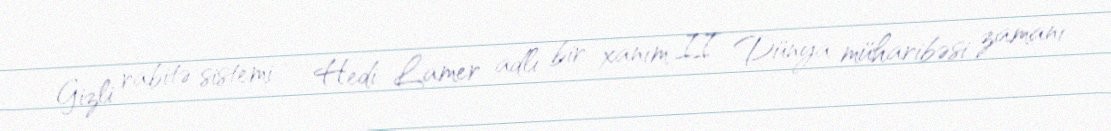
Gizli rabitə sistemi – Hedi Lamer adlı bir xanım II Dünya müharibəsi zamanı